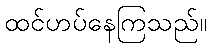
ထင်ဟပ်နေကြသည်။